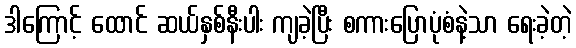
ဒါကြောင့် ထောင် ဆယ်နှစ်နီးပါး ကျခဲ့ပြီး စကားပြောပုံစံနဲ့သာ ရေးခဲ့တဲ့